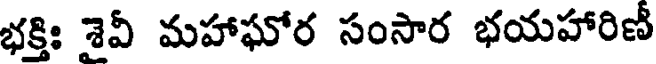
భక్తిః శెవీ మహాఘోర సంసార భయహారిణీ